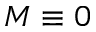
M \equiv 0